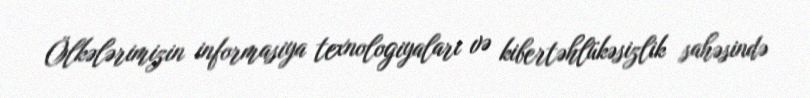
Ölkələrimizin informasiya texnologiyaları və kibertəhlükəsizlik sahəsində